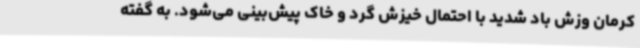
کرمان وزش باد شدید با احتمال خیزش گرد و خاک پیش‌بینی می‌شود. به گفته